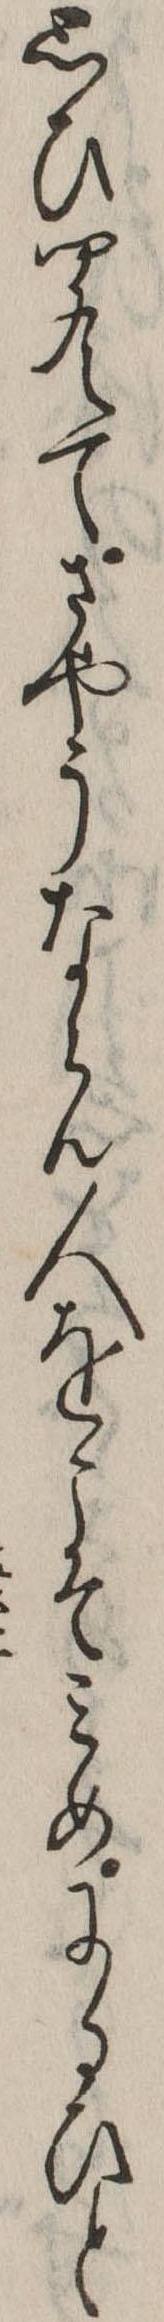
思ひ聞えてさやうならん人をこそみめにるひと